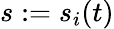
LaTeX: s:=s_{i}(t)